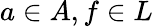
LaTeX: a\in A,f\in L